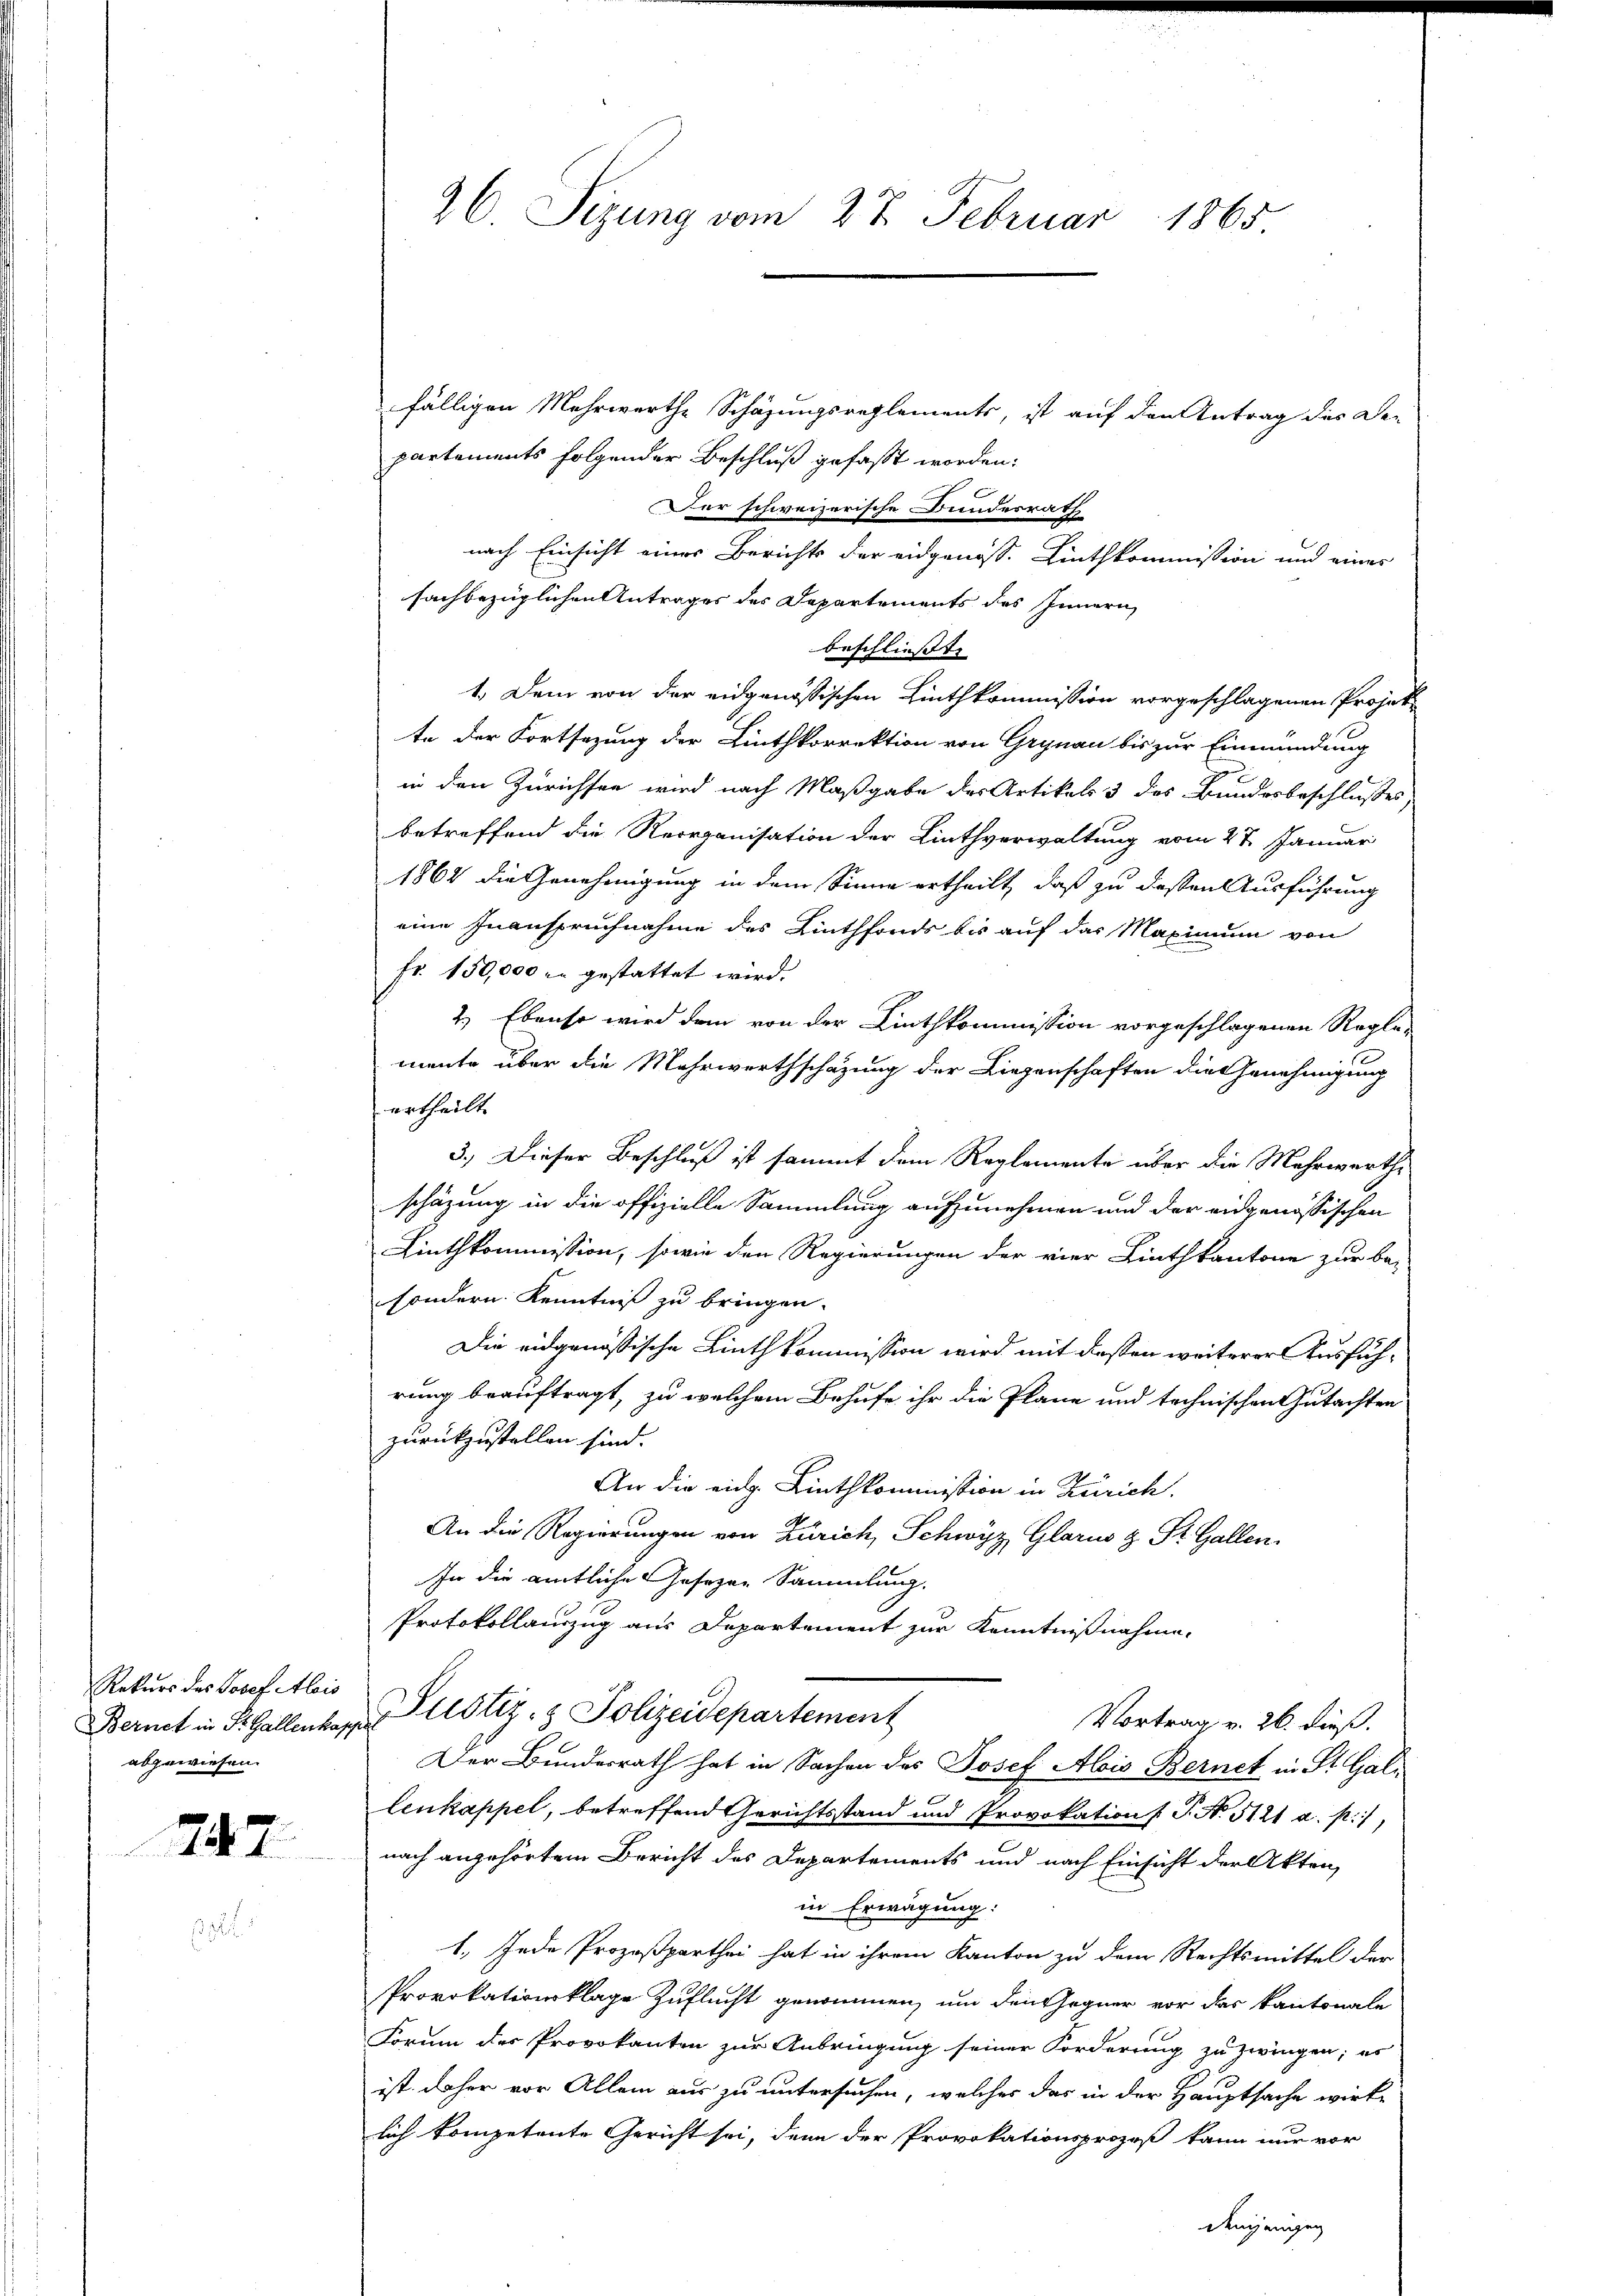
Rekurs das Josef Alois
Bernet in St. Gallenkapp
abgewiesen.

747.

26 Sizung vom 27. Februar 1865

fälligen Mehrwerthe Schäzungsreglements, ist auf den Antrag des De-
partements folgender Beschluß gefaßt worden:
Der schweizerische Bundesrath
nach Einsicht eines Berichts der eidgenöss. Linthkommission und einer
sachbezüglichen Antrages der Departements des Innern
beschliesst. |
1.) Dem von der eidgenössischen Linthkommission vorgeschlagenen Projekte der Fortsezung der Linthkorrektion von Grynau bis zur Einmündung
in den Zürichten wird nach Maßgabe des Artikels 3 des Bundesbeschlusses
betreffend die Reorganisation der Linthverwaltung vom 27. Januar
1862 die Genehmigung in dem Sinne ertheilt, daß zu dessen Ausführung
eine Inanspruchnahme des Linthfonds bis auf das Maximum von
Fr. 150,000 r. gestattet wird.
2.) Ebenso wird dem von der Linthkommission vorgeschlagenen Regle-
2
mente über die Mehrwerthschazung der Liegenschaften die Genehmigung
urtheilt. |
3.) Dieser Beschluß ist sammt dem Reglemente über die Mehrwerthe
schäzung in die offizielle Sammlung aufzunehmen und der eidgenössischen
Linthkommission, sowie den Regierungen der vier Linthkantone zur be-
sondern. Kenntniß zu bringen.
Die eidgenössische Linthkommission wird mit dessen weiterer Ausführung beauftragt, zu welchem Behufe ihr die Pläne und technischen Gutachten
zurückzustellen sind.
An die eidg. Linthkommission in Zürich.
An die Regierungen von Zürich, Schwyz Glarus z. St. Gallen.
In die amtliche Gesezen Sammlung.
Protokollauszug aus Departement zur Kenntnißnahme,
Justiz- & Polizeidepartement
Vortrag v. 26. dieß.
Der Bundesrath hat in Sachen des Josef Alois Bernet in St. Gal-
lenkappel, betreffend Gerichtsstand und Provokations P. N. 5121 a. p. 1,
nach angehörtem Bericht des Departements und nach Einsicht der Akten,
in Erwägung:
1. Jede Prozeßparthei hat in ihrem Kanton zu dem Rechtsmittel der
Provokationsklage Zuflucht genommen, um den Gegner vor das kantonale
Forum der Provokanten zur Anbringung seiner Forderung zu zwingen; es
ist daher vor Allem aus zu untersuchen, welches das in der Hauptsache wirke
lich kompetente Gericht sei, denn der Provokationsprozeß kann nur vor
denjenigen